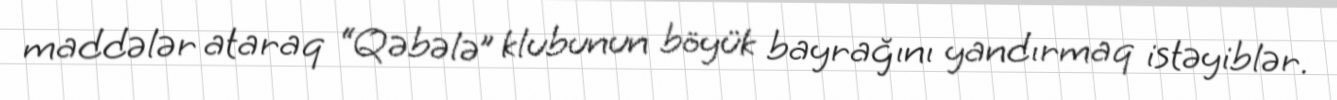
maddələr ataraq “Qəbələ” klubunun böyük bayrağını yandırmaq istəyiblər.